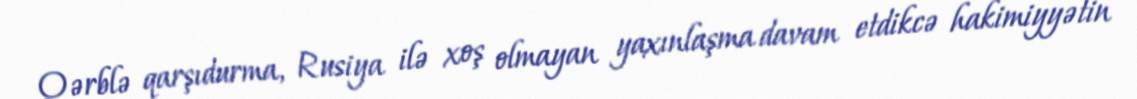
Qərblə qarşıdurma, Rusiya ilə xoş olmayan yaxınlaşma davam etdikcə hakimiyyətin